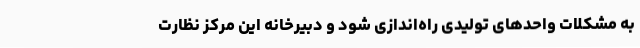
به مشکلات واحدهای تولیدی راه‌اندازی شود و دبیرخانه این مرکز نظارت